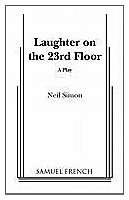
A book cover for Laughter on the 23rd Floor; Neil Simon; Literature & Fiction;